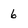
Character: 6